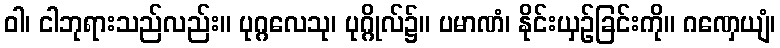
ဝါ၊ ငါဘုရားသည်လည်း။ ပုဂ္ဂလေသု၊ ပုဂ္ဂိုလ်၌။ ပမာဏံ၊ နိုင်းယှဉ်ခြင်းကို။ ဂဏှေယျံ၊